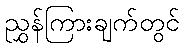
ညွှန်ကြားချက်တွင်